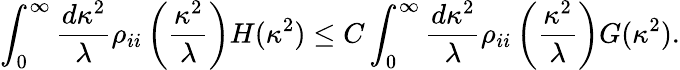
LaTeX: \int_{0}^{\infty}\frac{d\kappa^{2}}{\lambda}\rho_{ii}\left(\frac{\kappa^{2}}{\lambda}\right)H(\kappa^{2})\leq C\int_{0}^{\infty}\frac{d\kappa^{2}}{\lambda}\rho_{ii}\left(\frac{\kappa^{2}}{\lambda}\right)G(\kappa^{2}).